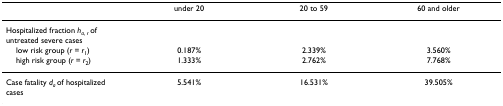
<table><thead><tr><td></td><td><b>under 20</b></td><td><b>20 to 59</b></td><td><b>60 and older</b></td></tr></thead><tbody><tr><td>Hospitalized fraction <i>h</i><sub><i>a</i>, <i>r </i></sub>of untreated severe cases</td><td></td><td></td><td></td></tr><tr><td> low risk group (<i>r </i>= <i>r</i><sub>1</sub>)</td><td>0.187%</td><td>2.339%</td><td>3.560%</td></tr><tr><td> high risk group (<i>r </i>= <i>r</i><sub>2</sub>)</td><td>1.333%</td><td>2.762%</td><td>7.768%</td></tr><tr><td>Case fatality <i>d</i><sub><i>a </i></sub>of hospitalized cases</td><td>5.541%</td><td>16.531%</td><td>39.505%</td></tr></tbody></table>